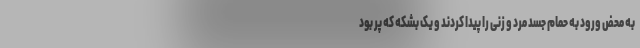
به محض ورود به حمام جسد مرد و زنی را پیدا کردند و یک بشکه که پر بود